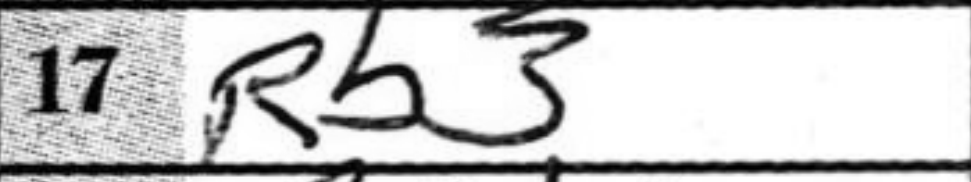
Transcription: Rb3